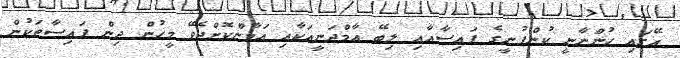
އޭގައި ހުންނާނީ ކުންފުނީގެ ފައިސާއާއި ލިބޭ އާމްދަނީއަކާއި އަމާންކޮށްދެވޭ މީހުން ދިން ފައިސާތަކުން